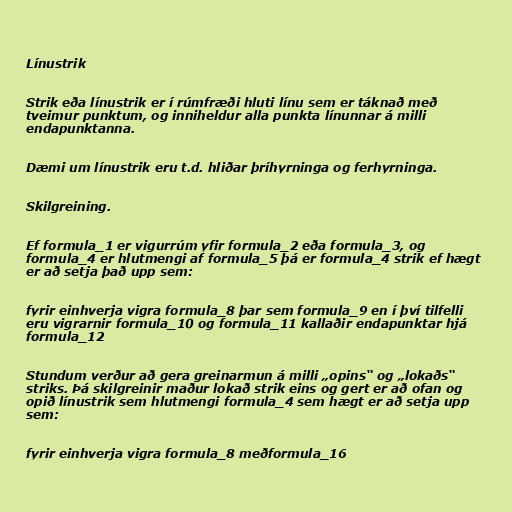
Línustrik

Strik eða línustrik er í rúmfræði hluti línu sem er táknað með
tveimur punktum, og inniheldur alla punkta línunnar á milli
endapunktanna.

Dæmi um línustrik eru t.d. hliðar þríhyrninga og ferhyrninga.

Skilgreining.

Ef formula_1 er vigurrúm yfir formula_2 eða formula_3, og
formula_4 er hlutmengi af formula_5 þá er formula_4 strik ef hægt
er að setja það upp sem:

fyrir einhverja vigra formula_8 þar sem formula_9 en í því tilfelli
eru vigrarnir formula_10 og formula_11 kallaðir endapunktar hjá
formula_12

Stundum verður að gera greinarmun á milli „opins“ og „lokaðs“
striks. Þá skilgreinir maður lokað strik eins og gert er að ofan og
opið línustrik sem hlutmengi formula_4 sem hægt er að setja upp
sem:

fyrir einhverja vigra formula_8 meðformula_16